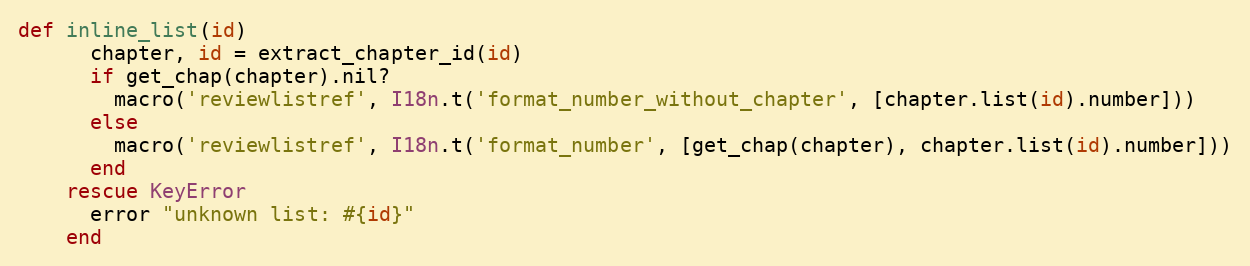
Language: Ruby
def inline_list(id)
      chapter, id = extract_chapter_id(id)
      if get_chap(chapter).nil?
        macro('reviewlistref', I18n.t('format_number_without_chapter', [chapter.list(id).number]))
      else
        macro('reviewlistref', I18n.t('format_number', [get_chap(chapter), chapter.list(id).number]))
      end
    rescue KeyError
      error "unknown list: #{id}"
    end